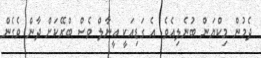
ދެމުން މިކްޔަން ބުނެލިއެވެ. އެ ގަޑިއަކީ އީނާލް ވެސް ބްރޭކަށް ދާން ވެގެން